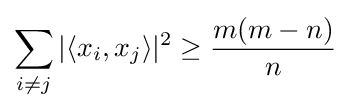
\sum _{i\neq j}|\langle x_{i},x_{j}\rangle |^{2}\geq {\frac {m(m-n)}{n}}